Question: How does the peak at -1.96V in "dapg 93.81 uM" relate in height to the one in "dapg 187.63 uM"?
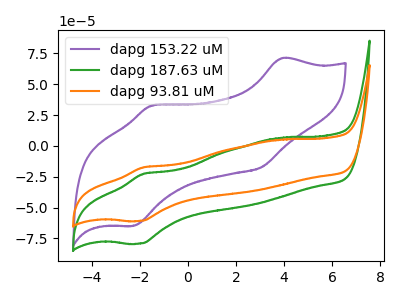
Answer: <think>The purple curve "dapg 153.22 uM" has anodic peaks at (3.90V, 71.20uA) (-1.50V, 32.80uA) and cathodic peaks at (3.05V, -17.20uA) (-2.25V, -64.90uA). The green curve "dapg 187.63 uM" has an anodic peak at (-1.85V, -22.75uA) and a cathodic peak at (-1.95V, -79.20uA). The orange curve "dapg 93.81 uM" has an anodic peak at (-1.85V, -17.45uA) and a cathodic peak at (-1.95V, -60.85uA).</think>
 <answer>The peak at -1.96V is lower in "dapg 93.81 uM" than in "dapg 187.63 uM".</answer>
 <eval>lower</eval>